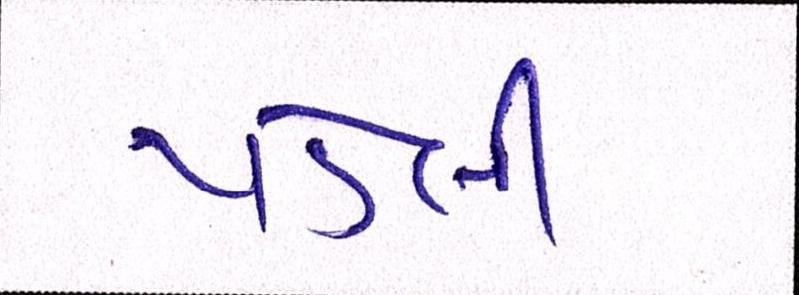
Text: પડેલી